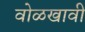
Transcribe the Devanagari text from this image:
वोळखावी